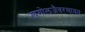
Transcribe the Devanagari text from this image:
खगोलजैवरसायन